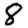
Digit: 8